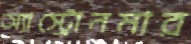
অ্যাস্ট্রোনমার